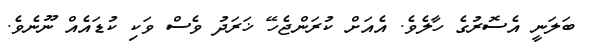
ބަލަނީ އެސޮރުގެ ހާލެވެ. އެއަށް ކުރަންޖެހޭ ޚަރަދު ވެސް ވަކި ކުޑައެއް ނޫނެވެ.